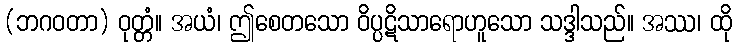
(ဘဂဝတာ) ဝုတ္တံ။ အယံ၊ ဤစေတသော ဝိပ္ပဋိသာရောဟူသော သဒ္ဒါသည်။ အဿ၊ ထို